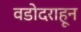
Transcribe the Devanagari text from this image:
वडोदराहून